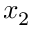
x _ { 2 }